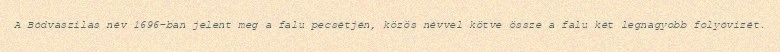
A Bódvaszilas név 1696-ban jelent meg a falu pecsétjén, közös névvel kötve össze a falu két legnagyobb folyóvizét.